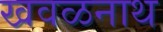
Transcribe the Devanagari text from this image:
खवळनाथ